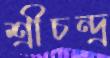
শ্রীচন্দ্র